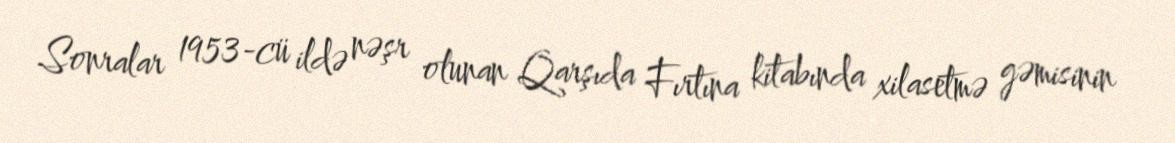
Sonralar 1953-cü ildə nəşr olunan Qarşıda Fırtına kitabında xilasetmə gəmisinin